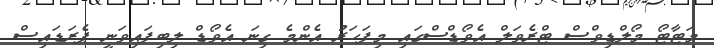
މަޓާޓޯ މޯލްޑިވްސް ޓްރެވަލް އެވޯޑްސްގައި މިފަހަރު އެންމެ ގިނަ އެވޯޑް ލިބިފައިވަނީ ޕެރަޑައިސް